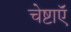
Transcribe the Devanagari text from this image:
चेष्टाएॅं